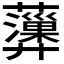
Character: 𧄩